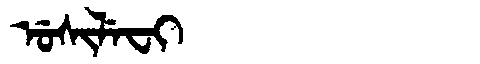
Manchu: ᡠᠰᡳᠯᡝᠸᡳ
Romanization: USILEFI